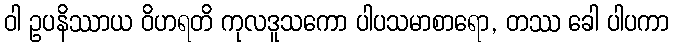
ဝါ ဥပနိဿာယ ဝိဟရတိ ကုလဒူသကော ပါပသမာစာရော, တဿ ခေါ ပါပကာ